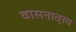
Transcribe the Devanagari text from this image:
वासनात्रय